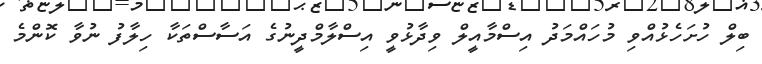
ބިލް ހުށަހެޅުއްވި މުހައްމަދު އިސްމާއީލް ވިދާޅުވީ އިސްލާމްދީނުގެ އަސާސްތަކާ ހިލާފު ނުވާ ކޮންމެ